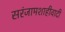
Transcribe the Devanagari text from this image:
सरंजामशाहीवादी